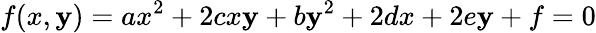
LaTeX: f(x,\mathbf{y})=ax^{2}+2cx\mathbf{y}+b\mathbf{y}^{2}+2dx+2e\mathbf{y}+f=0